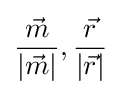
{\frac {\vec {m}}{|{\vec {m}}|}},{\frac {\vec {r}}{|{\vec {r}}|}}